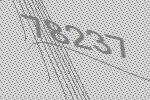
78237